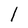
Character: l